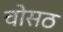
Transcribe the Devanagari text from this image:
चोसठ